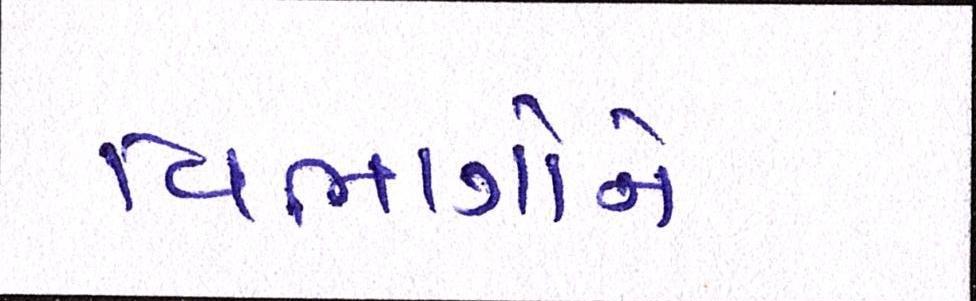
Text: વિભાગોને